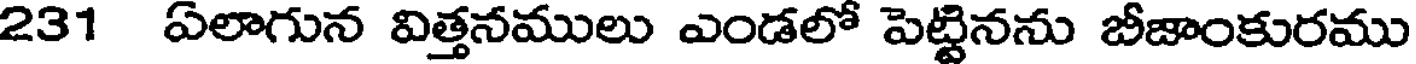
231 ఏలాగున విత్తనములు ఎండలో పెట్టినను బీజాంకురము